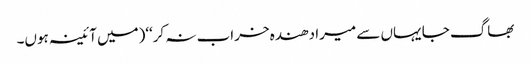
بھاگ جا یہاں سے میرا دھندہ خراب نہ کر‘‘(میں آئینہ ہوں۔